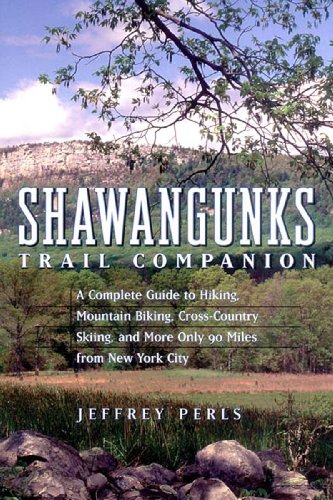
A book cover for Shawangunks Trail Companion: A Complete Guide to Hiking, Mountain Biking, Cross-Country Skiing, and More Only 90 Miles from New York City; Jeffrey Perls; Travel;